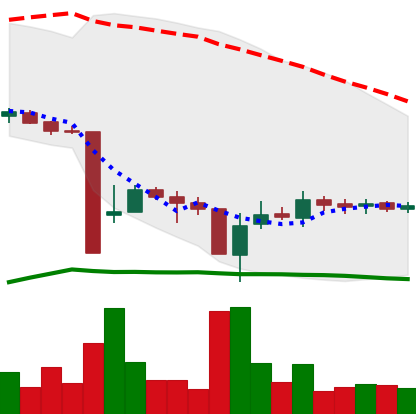
Ticker: BTC-USD
Chart end date: 2015-09-02
Forward return: 4.607%
Label: up_3_5